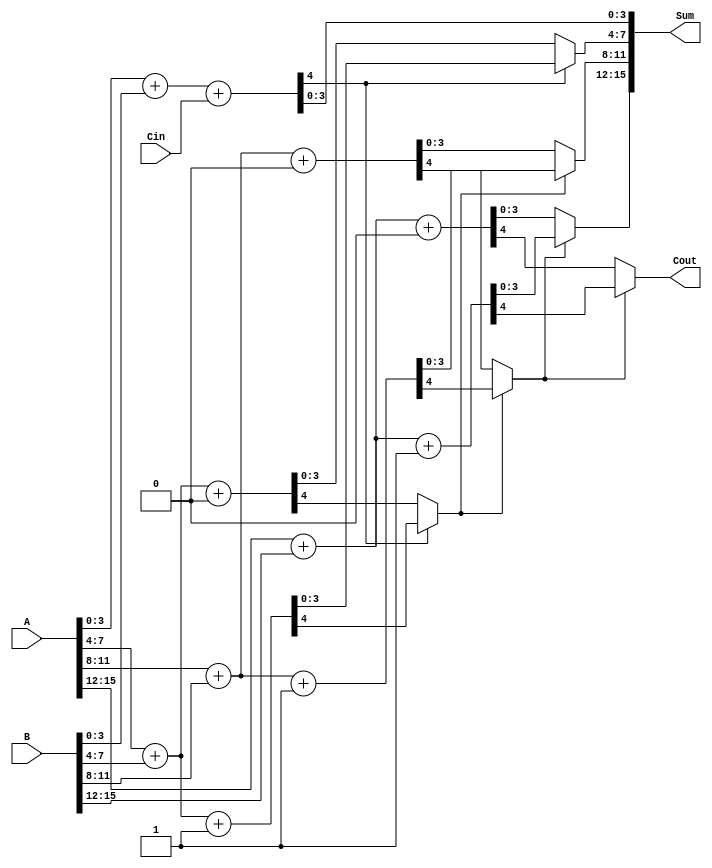
// CSA Module
module CarrySelectAdder (
input [15:0] A,
input [15:0] B,
input Cin,
output [15:0] Sum, 
output Cout
);

// Carry
wire C1, C2, C3;

// Adder
assign {C1,Sum[3:0]} = A[3:0] + B[3:0] + Cin;

wire [3:0]  sum0, sum1;
wire carry0, carry1;
assign {carry0,sum0} = A[7:4] + B[7:4] + 1'b0;
assign {carry1,sum1} = A[7:4] + B[7:4] + 1'b1;
assign Sum[7:4] = (C1) ? sum1[3:0] : sum0[3:0];
assign C2 = (C1) ? carry1 : carry0; 

wire [3:0]  s0, s1;
wire c0, c1;
assign {c0,s0} = A[11:8] + B[11:8] + 1'b0;
assign {c1,s1} = A[11:8] + B[11:8] + 1'b1;
assign Sum[11:8] = (C2) ? s1[3:0] : s0[3:0];
assign C3 = (C2) ? c1 : c0; 

wire [3:0]  Sum0, Sum1;
wire Carry0, Carry1;
assign {Carry0,Sum0} = A[15:12] + B[15:12] + 1'b0;
assign {Carry1,Sum1} = A[15:12] + B[15:12] + 1'b1;
assign Sum[15:12] = (C3) ? Sum1[3:0] : Sum0[3:0];
assign Cout = (C3) ? Carry1 : Carry0; 
endmodule